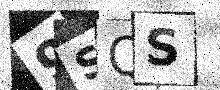
Text: 9SQS